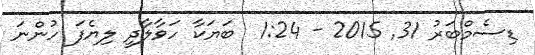
ޑިސެމްބަރު 31